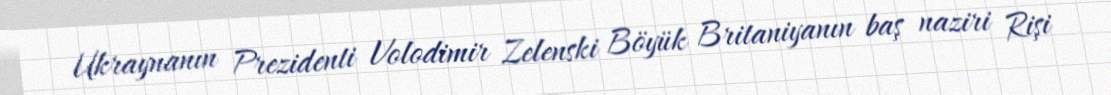
Ukraynanın Prezidenti Volodimir Zelenski Böyük Britaniyanın baş naziri Rişi